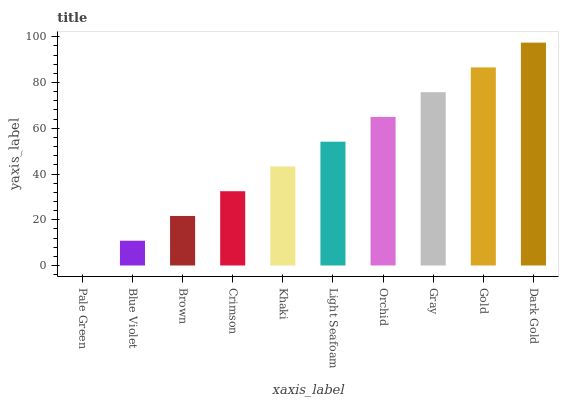
| xaxis_label | bars |
 | --- | --- |
 | Pale Green | 0 |
 | Blue Violet | 10.8 |
 | Brown | 21.7 |
 | Crimson | 32.5 |
 | Khaki | 43.3 |
 | Light Seafoam | 54.1 |
 | Orchid | 65 |
 | Gray | 75.8 |
 | Gold | 86.6 |
 | Dark Gold | 97.4 |